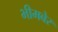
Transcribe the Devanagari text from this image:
भीमबेर